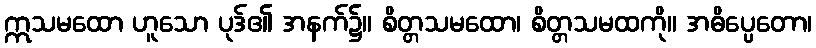
ဣသမထော ဟူသော ပုဒ်၏ အနက်၌။ စိတ္တသမထော၊ စိတ္တသမထကို။ အဓိပ္ပေတော၊